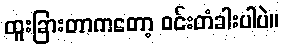
ထူးခြားတာကတော့ ဝင်းတံခါးပါပဲ။